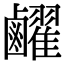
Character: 䴞